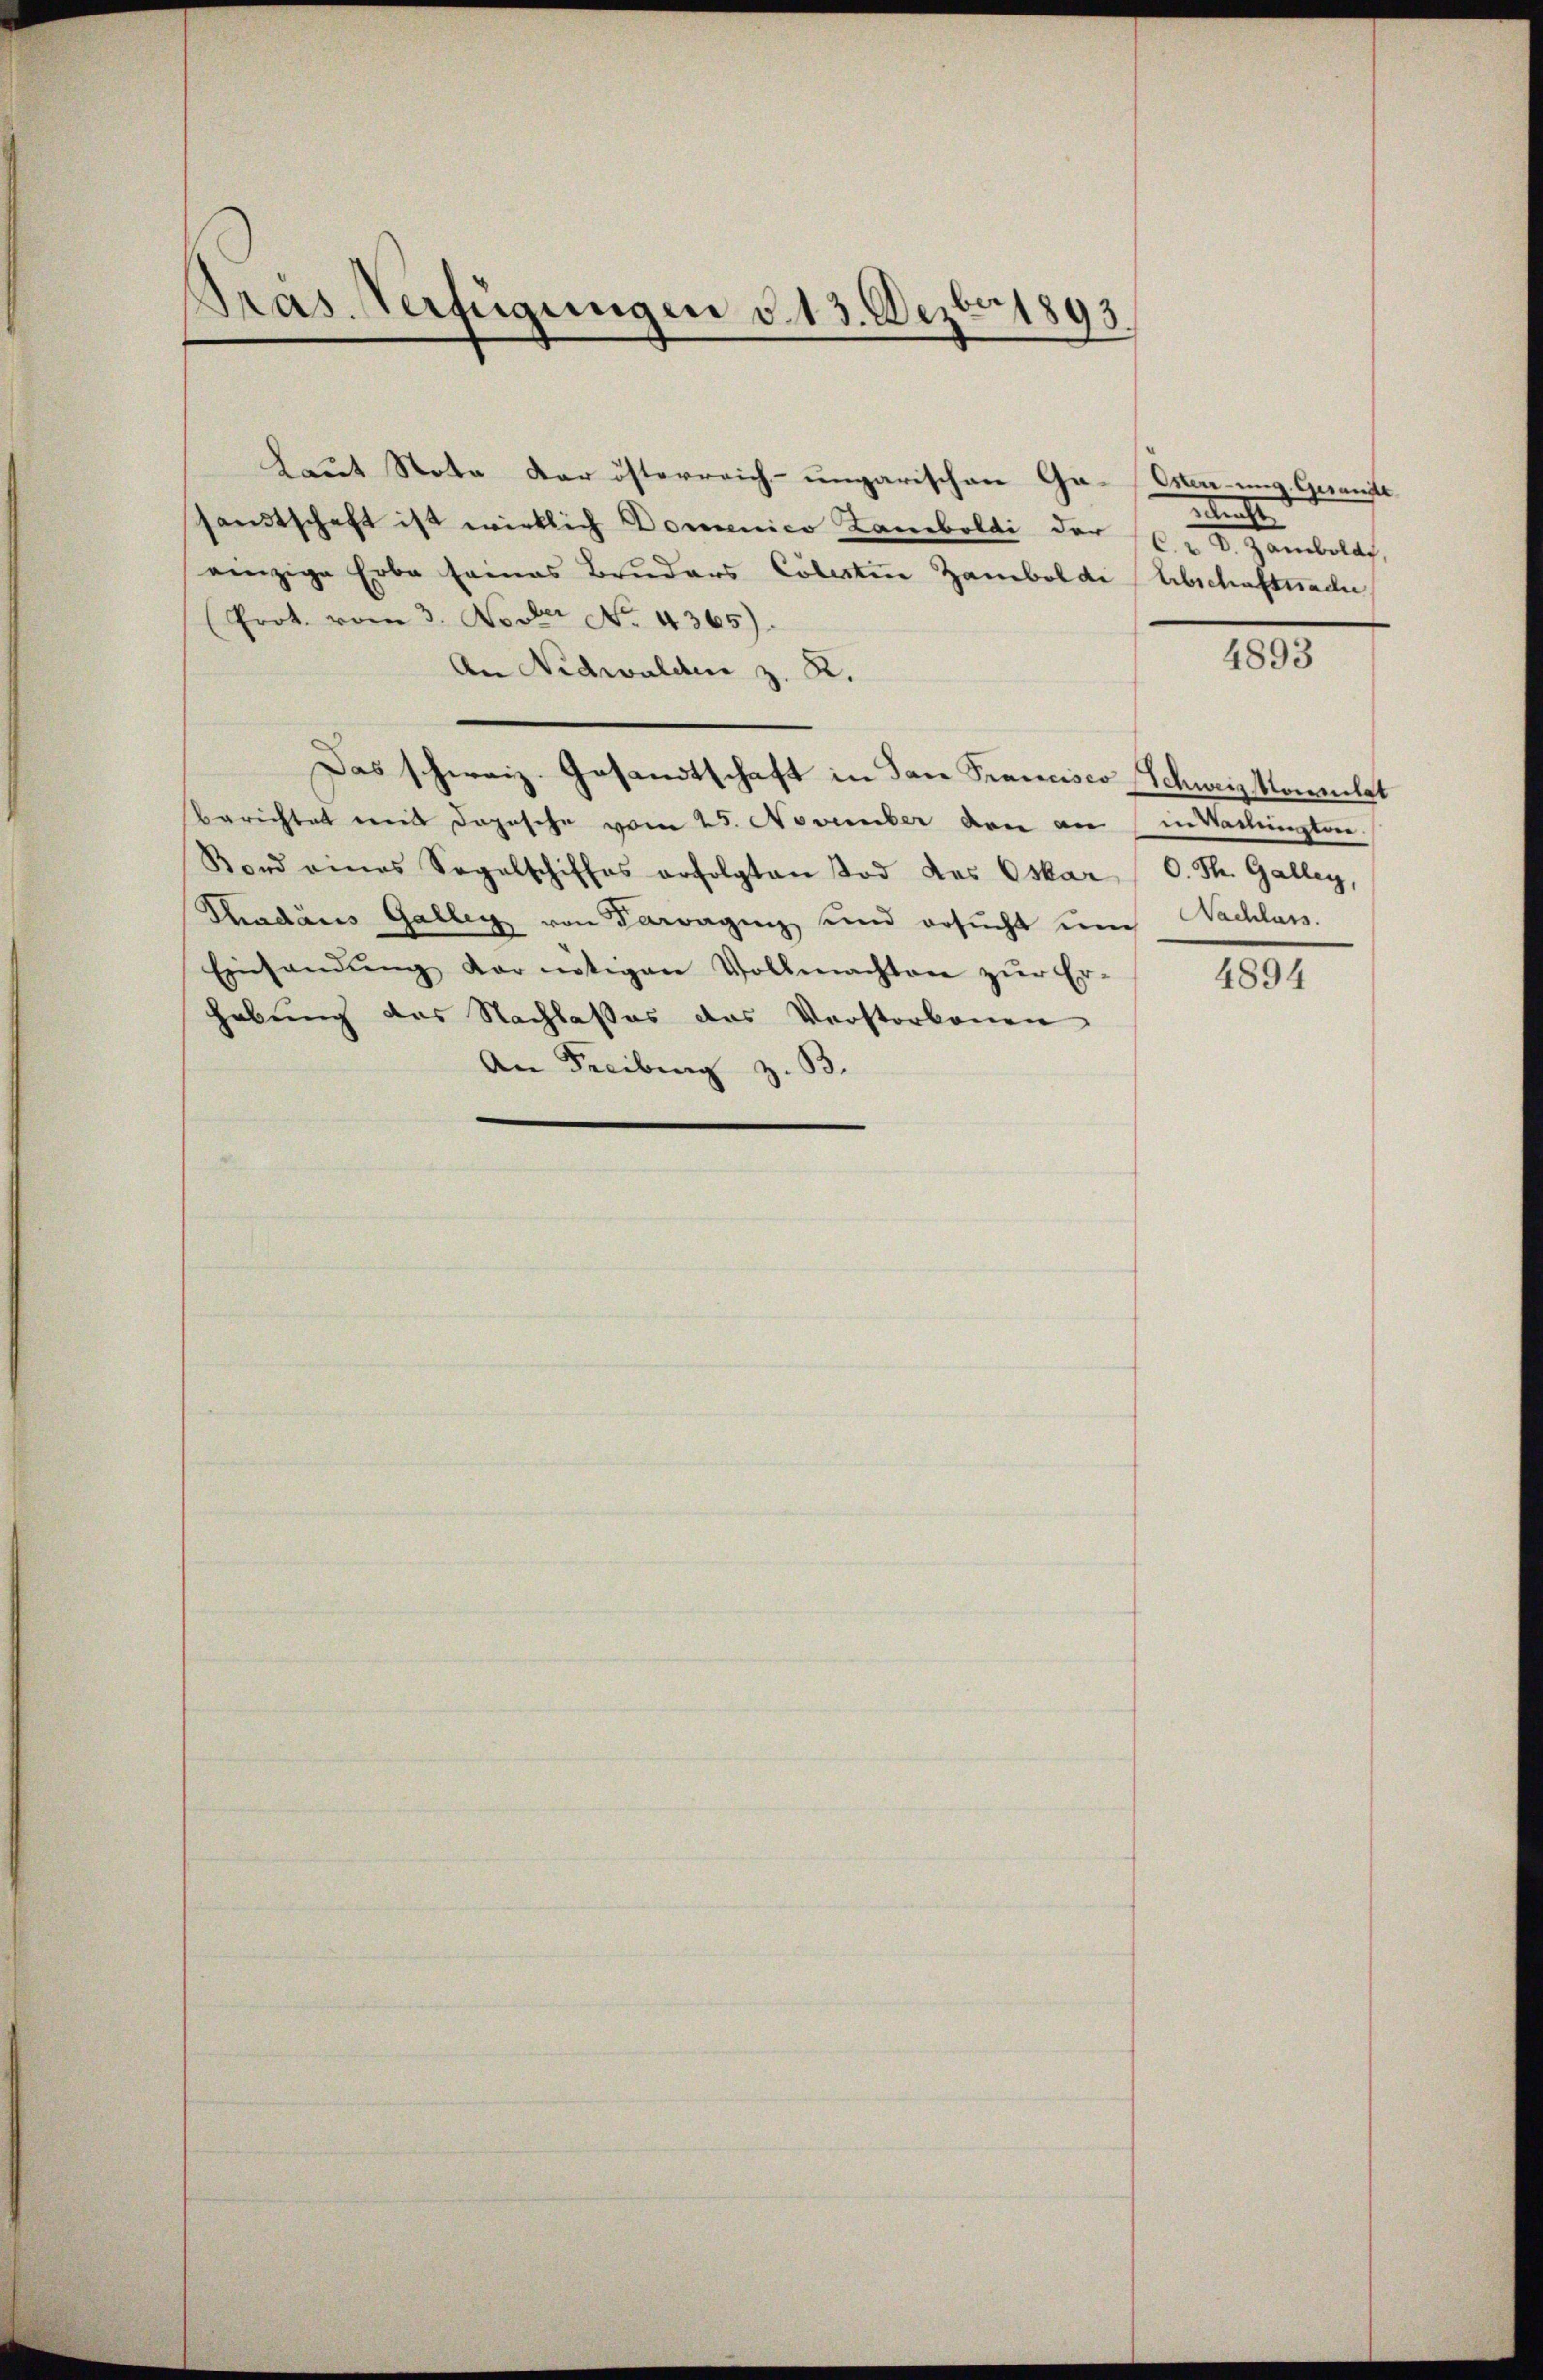
Pras Verfügungen v. 13. Dezbr. 1893

Laut Note der österreich-ungarischen Ga-Eserung. Gesandte
sandtschaft ist wirklich Domenico Zamboldi der C. D. Zambold,
einzige Erbe seines Bruders Cölesten Zamboldi (Abschaftsache
Prot. vom 3. Novber No. 4365)
An Nidwalden z. R.
Das schweiz. Gesandtschaft in dan Francisco Schweiz sonnelst
Berichtet mit Depesche vom 25. November den an in dahingten.
Bord eines Sagelschiffes erfolgten Tod des Oskar O. Th. Galley
Thadaus Gallen von Paragung und ersŭcht um Nachlass.
Einsendung der nötigen Vollmachten zur Erhabung des Nachlaßes das Vorstorbenen
An Freiburg z. B.

etracht

4893

4894